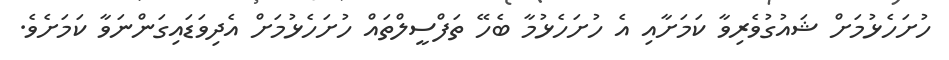
ހުށަހެޅުމަށް ޝައުގުވެރިވާ ކަމަށާއި އެ ހުށަހެޅުމާ ބެހޭ ތަފްސީލްތައް ހުށަހެޅުމަށް އެދިވަޑައިގަންނަވާ ކަމަށެވެ.